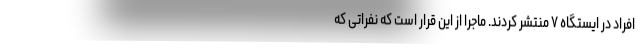
افراد در ایستگاه ۷ منتشر کردند. ماجرا از این قرار است که نفراتی که